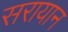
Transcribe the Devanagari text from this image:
सरायान